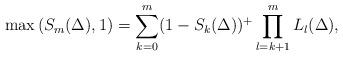
LaTeX: \begin{align*} \max\left(S_m(\Delta),1\right)=\sum_{k=0}^{m}(1-S_{k}(\Delta))^{+}\prod_{l=k+1}^{m}L_l(\Delta),\end{align*}